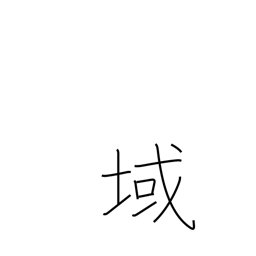
Meaning: stage